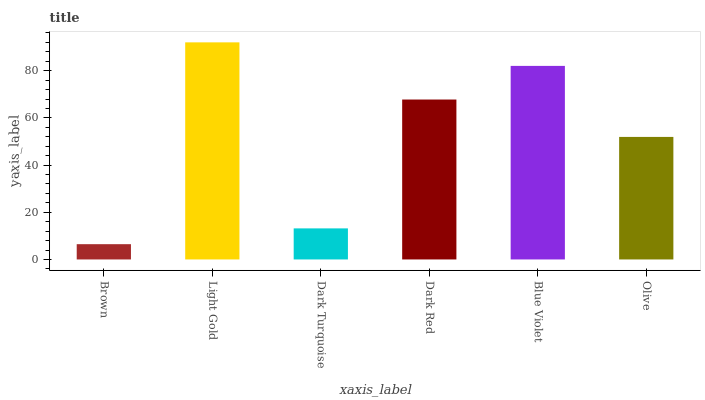
| xaxis_label | bars |
 | --- | --- |
 | Brown | 6.48 |
 | Light Gold | 92 |
 | Dark Turquoise | 13.2 |
 | Dark Red | 67.8 |
 | Blue Violet | 82 |
 | Olive | 51.9 |